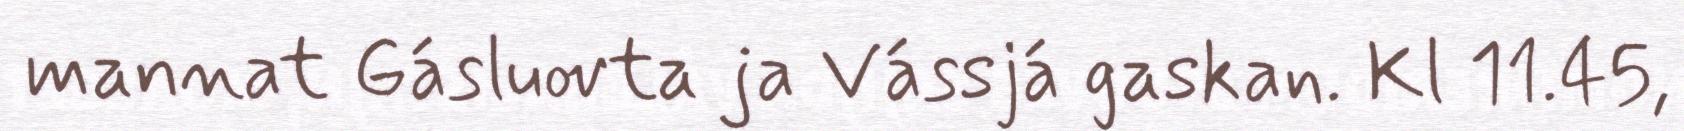
mannat Gásluovta ja Vássjá gaskan. Kl 11.45,